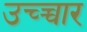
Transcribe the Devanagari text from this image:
उच्च्चार